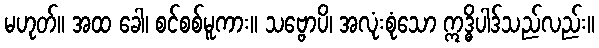
မဟုတ်။ အထ ခေါ၊ စင်စစ်မူကား။ သဗ္ဗောပိ၊ အလုံးစုံသော ဣဒ္ဓိပါဒ်သည်လည်း။